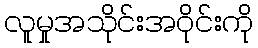
လူမှုအသိုင်းအဝိုင်းကို